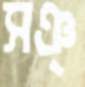
সঞ্